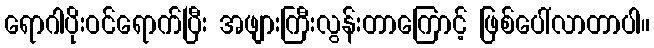
ရောဂါပိုးဝင်ရောက်ပြီး အဖျားကြီးလွန်းတာကြောင့် ဖြစ်ပေါ်လာတာပါ။